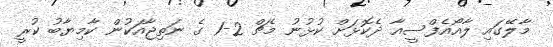
މާލޭގައި ލާއޯއެފްސީއާ ދެކޮޅަށް ކުޅުނު މެޗް 2-1 ގެ ނަތިޖާއަކުން ކާމިޔާބު ކުރީ